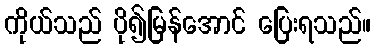
ကိုယ်သည် ပို၍မြန်အောင် ပြေးရသည်။